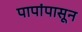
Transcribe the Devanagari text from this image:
पापांपासून